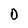
Character: D